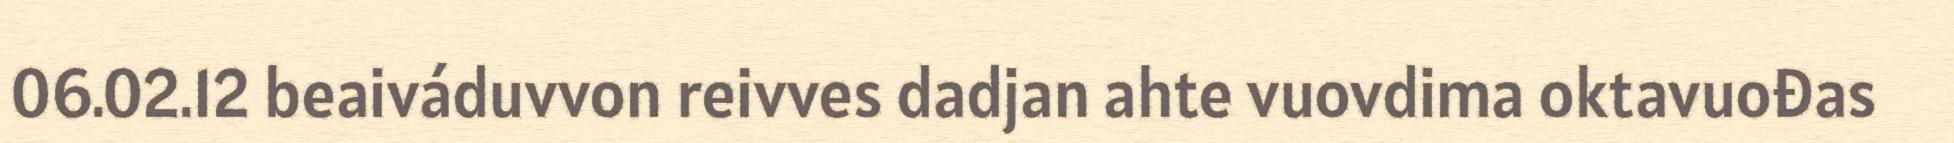
06.02.12 beaiváduvvon reivves dadjan ahte vuovdima oktavuođas